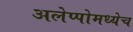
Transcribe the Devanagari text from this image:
अलेप्पोमध्येच